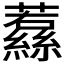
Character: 𮉔